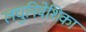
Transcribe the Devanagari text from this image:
लघुनिवेशिका